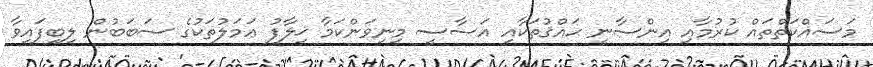
މަސައްކަތްތައް ކުރުމާއި އިންސާނީ ޙައްޤުތަކާއި އަސާސީ މިނިވަންކަމާ ޚިލާފު ޢަމަލުތަކުގެ ސަބަބުން ލިބިފައިވާ